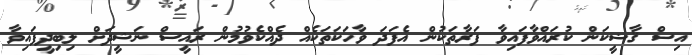
އިސް ޤާޟީކަން ކުރައްވާފައިވާ ފަރާތަކުން އެފަދަ ވާހަކަތަކެއް ދެއްކެވުމުން ރައީސް ނަޝީދަށް ލިބިދީފައިވާ